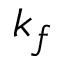
k _ { f }